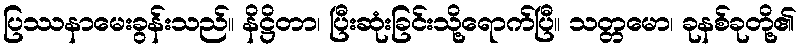
ပြဿနာမေးခွန်းသည်။ နိဋ္ဌိတာ၊ ပြီးဆုံးခြင်းသို့ရောက်ပြီ။ သတ္တမော၊ ခုနစ်ခုတို့၏